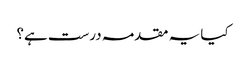
کیا یہ مقدمہ درست ہے؟